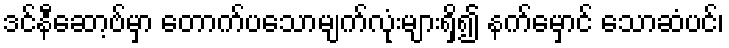
ဒင်နီဆော့ဗ်မှာ တောက်ပသောမျက်လုံးများရှိ၍ နက်မှောင် သောဆံပင်၊